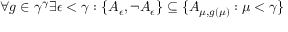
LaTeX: \forall g \in \gamma ^ { \gamma } \exists \epsilon < \gamma : \{ A _ { \epsilon } , \neg A _ { \epsilon } \} \subseteq \{ A _ { \mu , g ( \mu ) } : \mu < \gamma \}